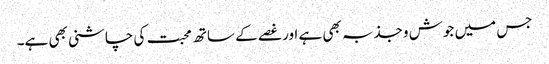
جس میں جوش وجذبہ بھی ہے اور غصے کے ساتھ محبت کی چاشنی بھی ہے۔